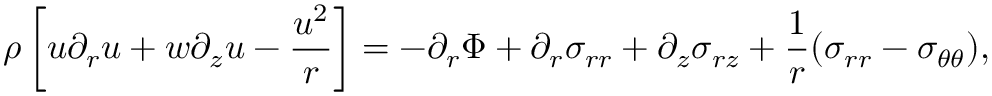
\rho \left[ u \partial _ { r } { u } + w \partial _ { z } { u } - \frac { u ^ { 2 } } { r } \right] = - \partial _ { r } \Phi + \partial _ { r } { \sigma _ { r r } } + \partial _ { z } { \sigma _ { r z } } + \frac { 1 } { r } ( \sigma _ { r r } - \sigma _ { \theta \theta } ) ,